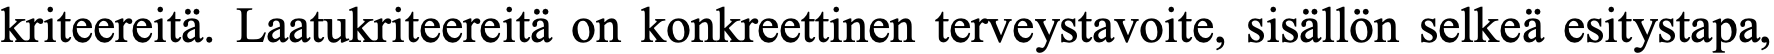
kriteereitä. Laatukriteereitä on konkreettinen terveystavoite, sisällön selkeä esitystapa,